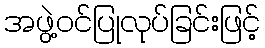
အဖွဲ့ဝင်ပြုလုပ်ခြင်းဖြင့်